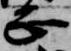
正